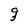
Character: g